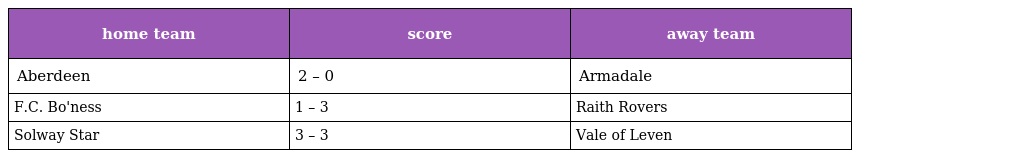
| home team | score | away team |
 | --- | --- | --- |
 | Aberdeen | 2 – 0 | Armadale |
 | F.C. Bo'ness | 1 – 3 | Raith Rovers |
 | Solway Star | 3 – 3 | Vale of Leven |